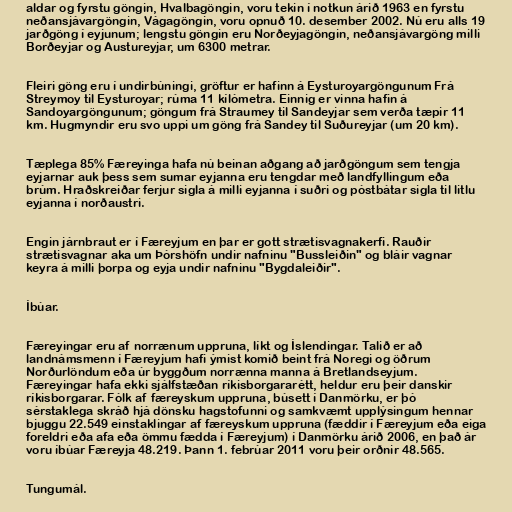
aldar og fyrstu göngin, Hvalbagöngin, voru tekin í notkun árið 1963 en fyrstu
neðansjávargöngin, Vágagöngin, voru opnuð 10. desember 2002. Nú eru alls 19
jarðgöng í eyjunum; lengstu göngin eru Norðeyjagöngin, neðansjávargöng milli
Borðeyjar og Austureyjar, um 6300 metrar.

Fleiri göng eru í undirbúningi, gröftur er hafinn á Eysturoyargöngunum Frá
Streymoy til Eysturoyar; rúma 11 kílómetra. Einnig er vinna hafin á
Sandoyargöngunum; göngum frá Straumey til Sandeyjar sem verða tæpir 11
km. Hugmyndir eru svo uppi um göng frá Sandey til Suðureyjar (um 20 km).

Tæplega 85% Færeyinga hafa nú beinan aðgang að jarðgöngum sem tengja
eyjarnar auk þess sem sumar eyjanna eru tengdar með landfyllingum eða
brúm. Hraðskreiðar ferjur sigla á milli eyjanna í suðri og póstbátar sigla til litlu
eyjanna í norðaustri.

Engin járnbraut er í Færeyjum en þar er gott strætisvagnakerfi. Rauðir
strætisvagnar aka um Þórshöfn undir nafninu "Bussleiðin" og bláir vagnar
keyra á milli þorpa og eyja undir nafninu "Bygdaleiðir".

Íbúar.

Færeyingar eru af norrænum uppruna, líkt og Íslendingar. Talið er að
landnámsmenn í Færeyjum hafi ýmist komið beint frá Noregi og öðrum
Norðurlöndum eða úr byggðum norrænna manna á Bretlandseyjum.
Færeyingar hafa ekki sjálfstæðan ríkisborgararétt, heldur eru þeir danskir
ríkisborgarar. Fólk af færeyskum uppruna, búsett í Danmörku, er þó
sérstaklega skráð hjá dönsku hagstofunni og samkvæmt upplýsingum hennar
bjuggu 22.549 einstaklingar af færeyskum uppruna (fæddir í Færeyjum eða eiga
foreldri eða afa eða ömmu fædda í Færeyjum) í Danmörku árið 2006, en það ár
voru íbúar Færeyja 48.219. Þann 1. febrúar 2011 voru þeir orðnir 48.565.

Tungumál.